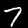
Digit: 7